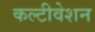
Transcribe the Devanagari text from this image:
कल्टीवेशन